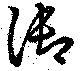
御